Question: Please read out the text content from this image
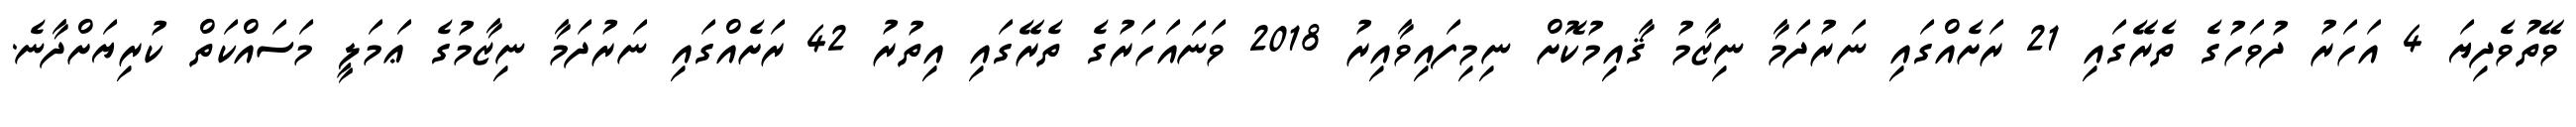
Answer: ވޭތުވެދިޔަ 4 އަހަރު ދުވަހުގެ ތެރޭގައި 21 ރަށެއްގައި ނަރުދަމާ ނިޒާމު ޤާއިމުކޮށް ނިމިފައިވާއިރު 2018 ވަނައަހަރުގެ ތެރޭގައި އިތުރު 42 ރަށެއްގައި ނަރުދަމާ ނިޒާމުގެ ޢަމަލީ މަސައްކަތް ކުރިޔަށްދާނެ.